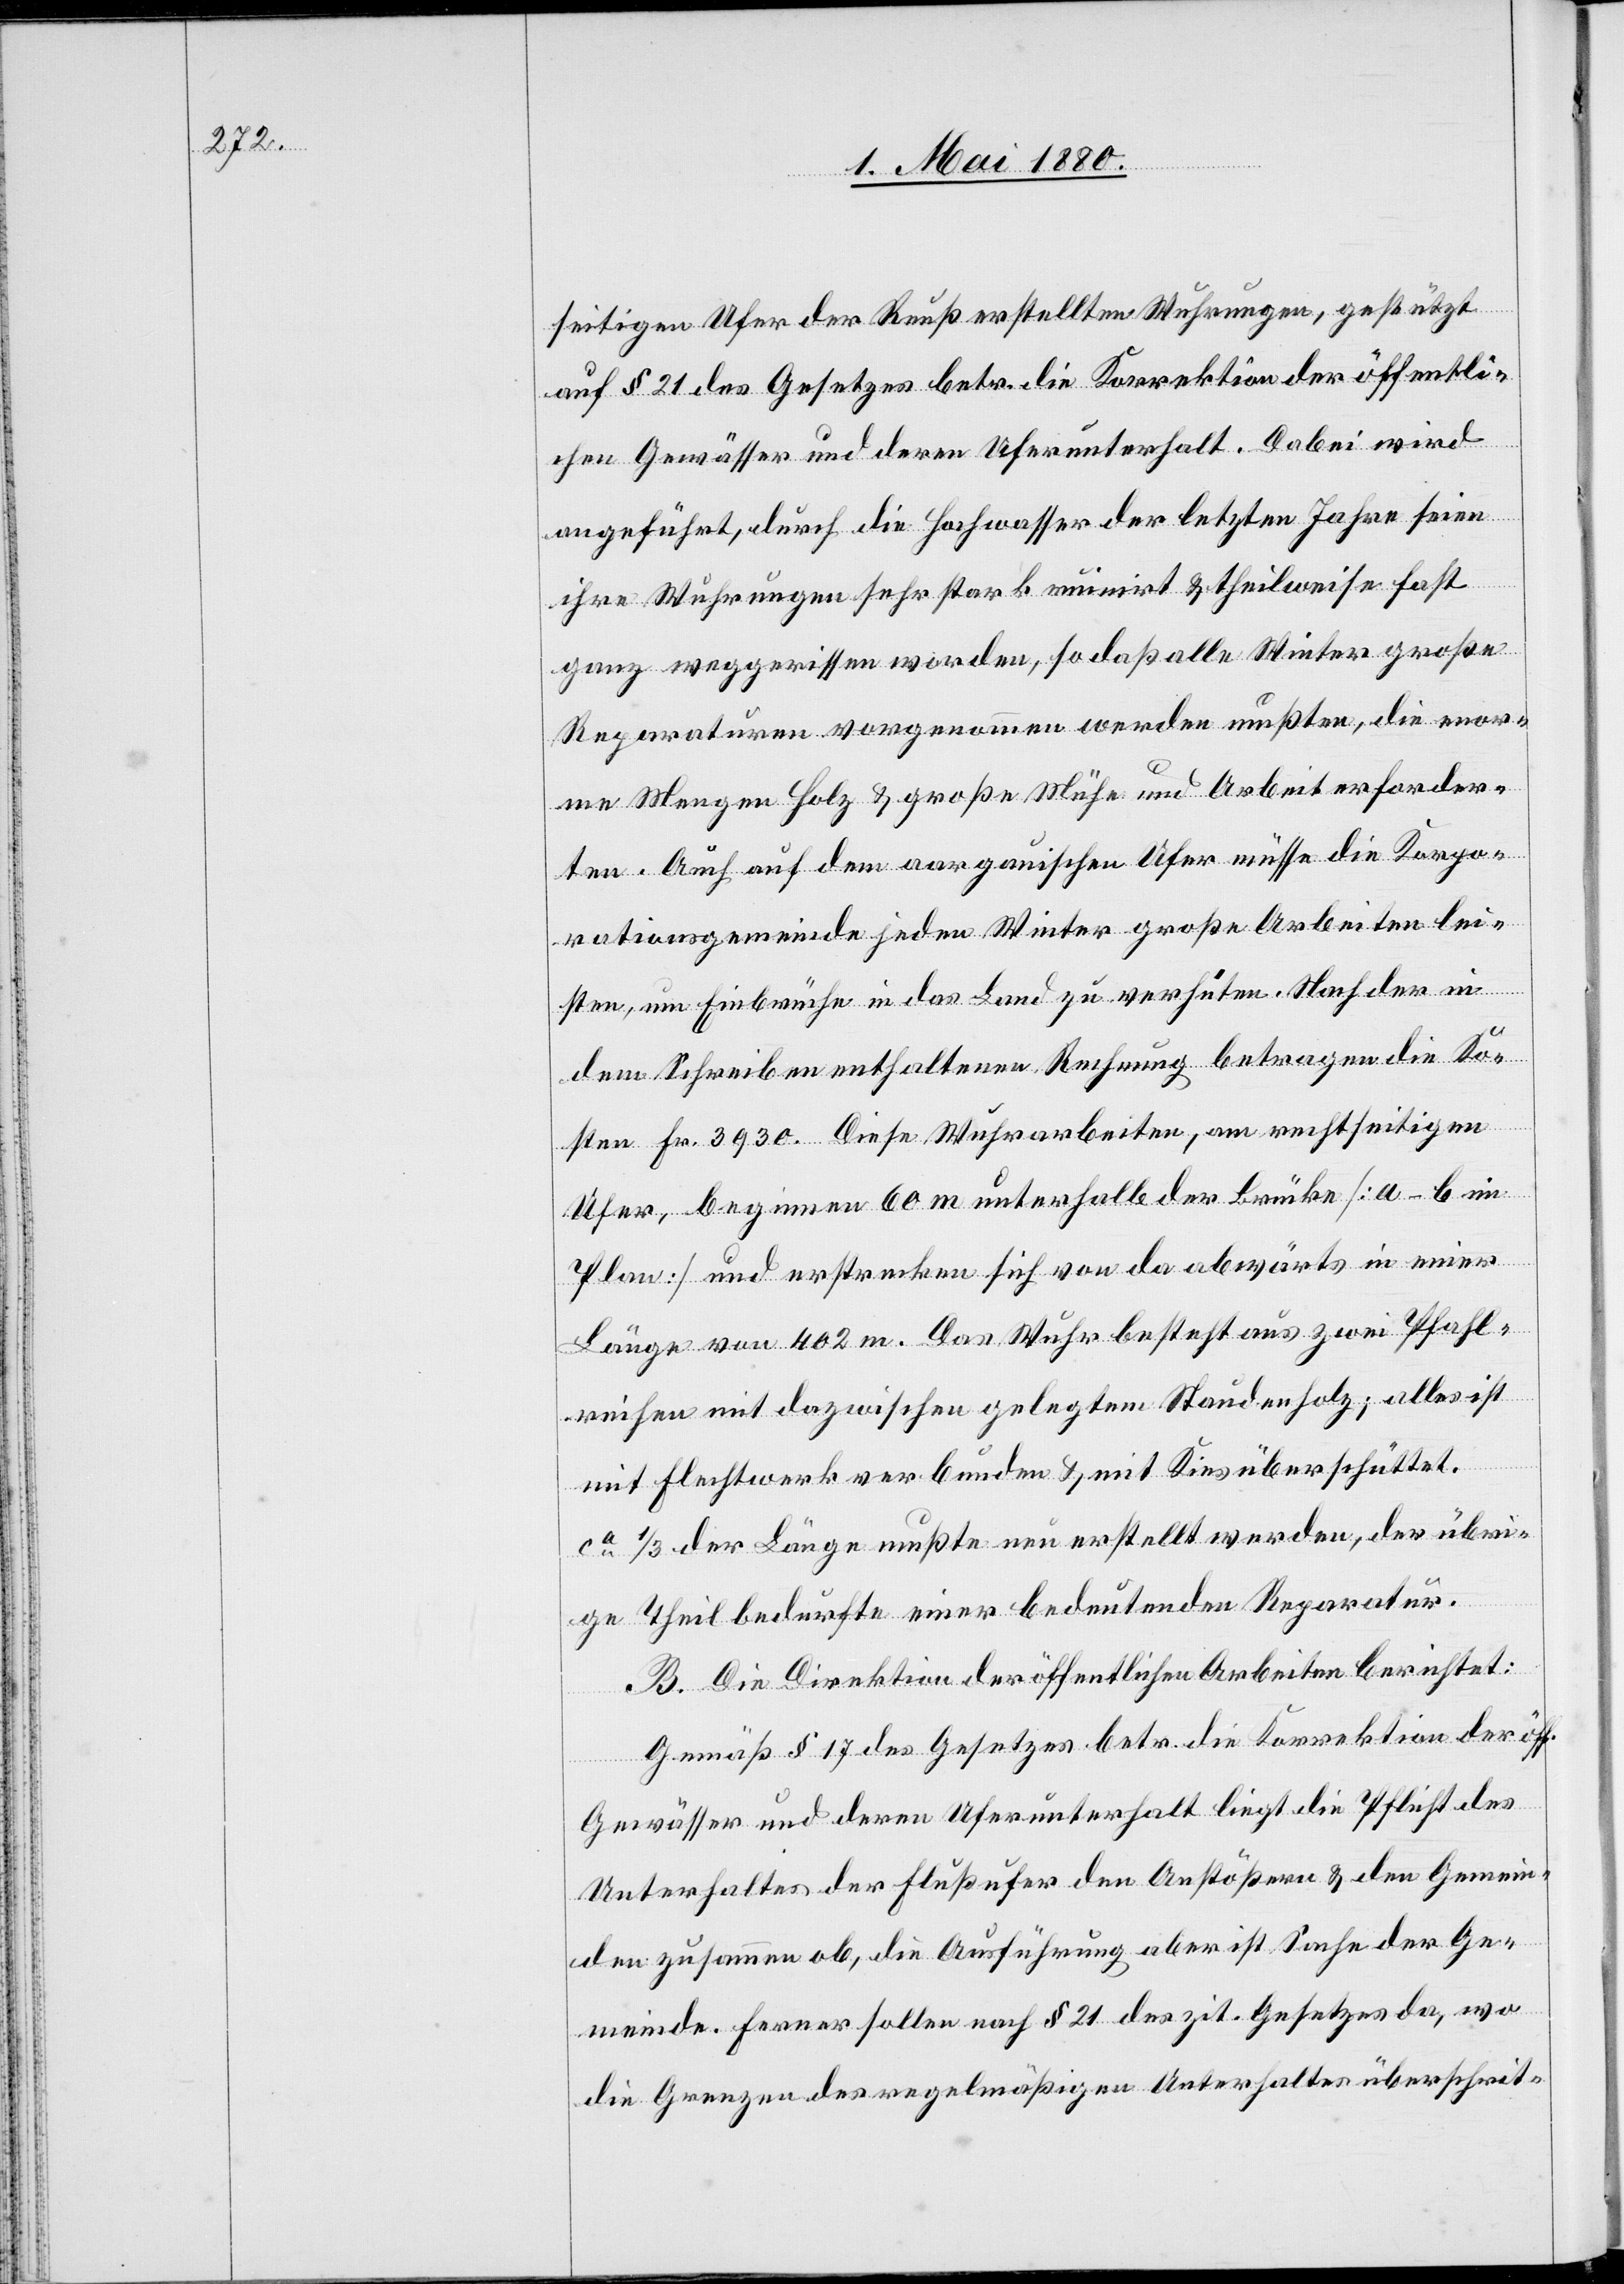
seitigen Ufer der Reuß erstellten Wuhrungen, gestützt
auf § 21 des Gesetzes betr. die Korrektion der öffentli¬
chen Gewässer und deren Uferunterhalt. Dabei wird
angeführt, durch die Hochwasser der letzten Jahre seien
ihre Wuhrungen sehr stark ruinirt & theilweise fast
ganz weggerissen worden, so daß alle Winter große
Reparaturen vorgenommen werden mußten, die enor¬
me Mengen Holz & große Mühe und Arbeit erforder¬
ten. Auch auf dem aargauischen Ufer müsse die Korpo¬
rationsgemeinde jeden Winter große Arbeiten lei¬
sten, um Einbrüche in das Land zu verhüten. Nach der in
dem Schreiben enthaltenen Rechnung betragen die Ko¬
sten Fr. 3920. Diese Wuhrarbeiten, am rechtseitigen
Ufer, beginnen 60m unterhalb der Brücke [a–b im
Plan] und erstrecken sich von da abwärts in einer
Länge von 402m. Das Wuhr besteht aus zwei Pfahl¬
reihen mit dazwischen gelegtem Staudenholz; alles ist
mit Flechtwerk verbunden & mit Kies überschüttet.
Ca 1/3 der Länge mußte neu erstellt werden, der übri¬
ge Theil bedurfte einer bedeutenden Reparatur.
B. Die Direktion der öffentlichen Arbeiten berichtet:
Gemäß § 17 des Gesetzes betr. die Korrektion der öff.
Gewässer und deren Uferunterhalt liegt die Pflicht des
Unterhaltes der Flußufer den Anstößern & den Gemein¬
den zusammen ob, die Ausführung aber ist Sache der Ge¬
meinde. Ferner sollen nach § 21 des zit. Gesetzes da, wo
die Grenzen des regelmäßigen Unterhaltes überschrit-